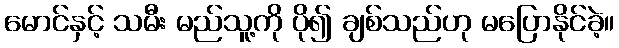
မောင်နှင့် သမီး မည်သူ့ကို ပို၍ ချစ်သည်ဟု မပြောနိုင်ခဲ့။